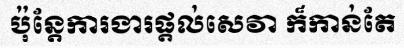
ប៉ុន្តែការងារផ្តល់សេវា ក៏កាន់តែ